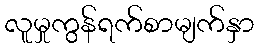
လူမှုကွန်ရက်စာမျက်နှာ